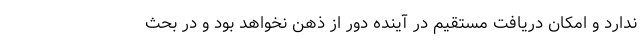
ندارد و امکان دریافت مستقیم در آینده دور از ذهن نخواهد بود و در بحث